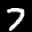
Label: 7